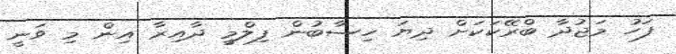
ފަހު މަޖުދާ ބްރޭކަކަށް ދިޔަ ހިސާބުން ފިލްމީ ދާއިރާ އިން މި ވަނީ